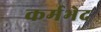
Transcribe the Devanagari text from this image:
कर्मभेद